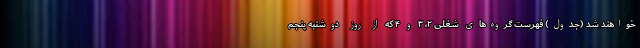
خواهند شد (جدول) فهرست گروه‌های شغلی ۲، ۳ و ۴ که از روز دوشنبه پنجم